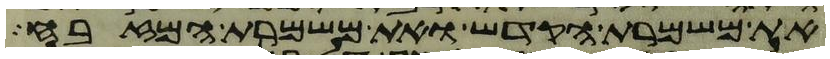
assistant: את משמרת הקדש ואת משמרת המזבח